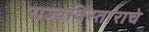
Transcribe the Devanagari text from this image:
राज्यविस्ताराचे